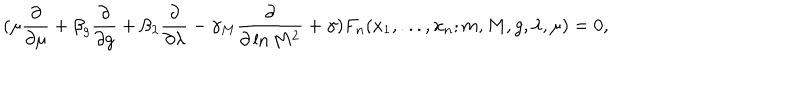
( \mu \frac { \partial } { \partial \mu } + \beta _ { g } \frac { \partial } { \partial g } + \beta _ { \lambda } \frac { \partial } { \partial \lambda } - \gamma _ { M } \frac { \partial } { \partial \ln M ^ { 2 } } + \gamma ) F _ { n } ( x _ { 1 } , . . . , x _ { n } ; m , M , g , \lambda , \mu ) = 0 ,